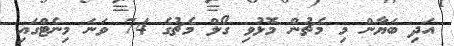
އަދި ބަޔާން މި މެޗުން މޮޅުވި ގޯލް މެޗުގެ 74 ވަނަ މިނެޓްގައި